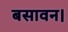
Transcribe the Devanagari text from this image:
बसावन।